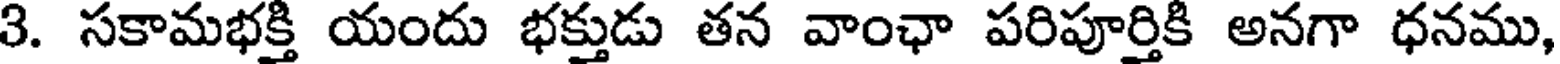
3. సకామభక్తి యందు భక్తుడు తన వాంఛా పరిపూర్తికి అనగా ధనము,